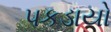
પકડાયો